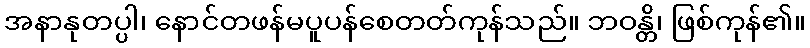
အနာနုတပ္ပါ၊ နောင်တဖန်မပူပန်စေတတ်ကုန်သည်။ ဘဝန္တိ၊ ဖြစ်ကုန်၏။